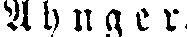
A h n g e r.